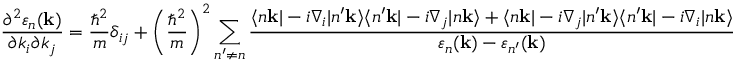
{ \frac { \partial ^ { 2 } \varepsilon _ { n } ( \mathbf { k } ) } { \partial k _ { i } \partial k _ { j } } } = { \frac { \hbar ^ { 2 } } { m } } \delta _ { i j } + \left( { \frac { \hbar ^ { 2 } } { m } } \right) ^ { 2 } \sum _ { n ^ { \prime } \neq n } { \frac { \langle n \mathbf { k } | - i \nabla _ { i } | n ^ { \prime } \mathbf { k } \rangle \langle n ^ { \prime } \mathbf { k } | - i \nabla _ { j } | n \mathbf { k } \rangle + \langle n \mathbf { k } | - i \nabla _ { j } | n ^ { \prime } \mathbf { k } \rangle \langle n ^ { \prime } \mathbf { k } | - i \nabla _ { i } | n \mathbf { k } \rangle } { \varepsilon _ { n } ( \mathbf { k } ) - \varepsilon _ { n ^ { \prime } } ( \mathbf { k } ) } }